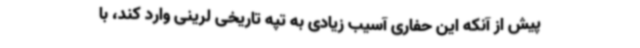
پیش از آنکه این حفاری آسیب زیادی به تپه تاریخی لرینی وارد کند، با